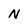
Character: N